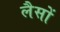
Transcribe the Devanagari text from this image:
लैसों